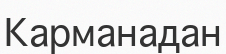
Карманадан